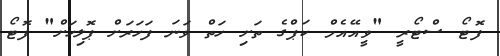
ފޮޓޯ ސްޓޯރީ "ވީއޭއެމް ކަޕްގެ ތަށި ހަތް ވަނަ ފަހަރަށް ޕޮލިހަށް" ފޮޓޯ